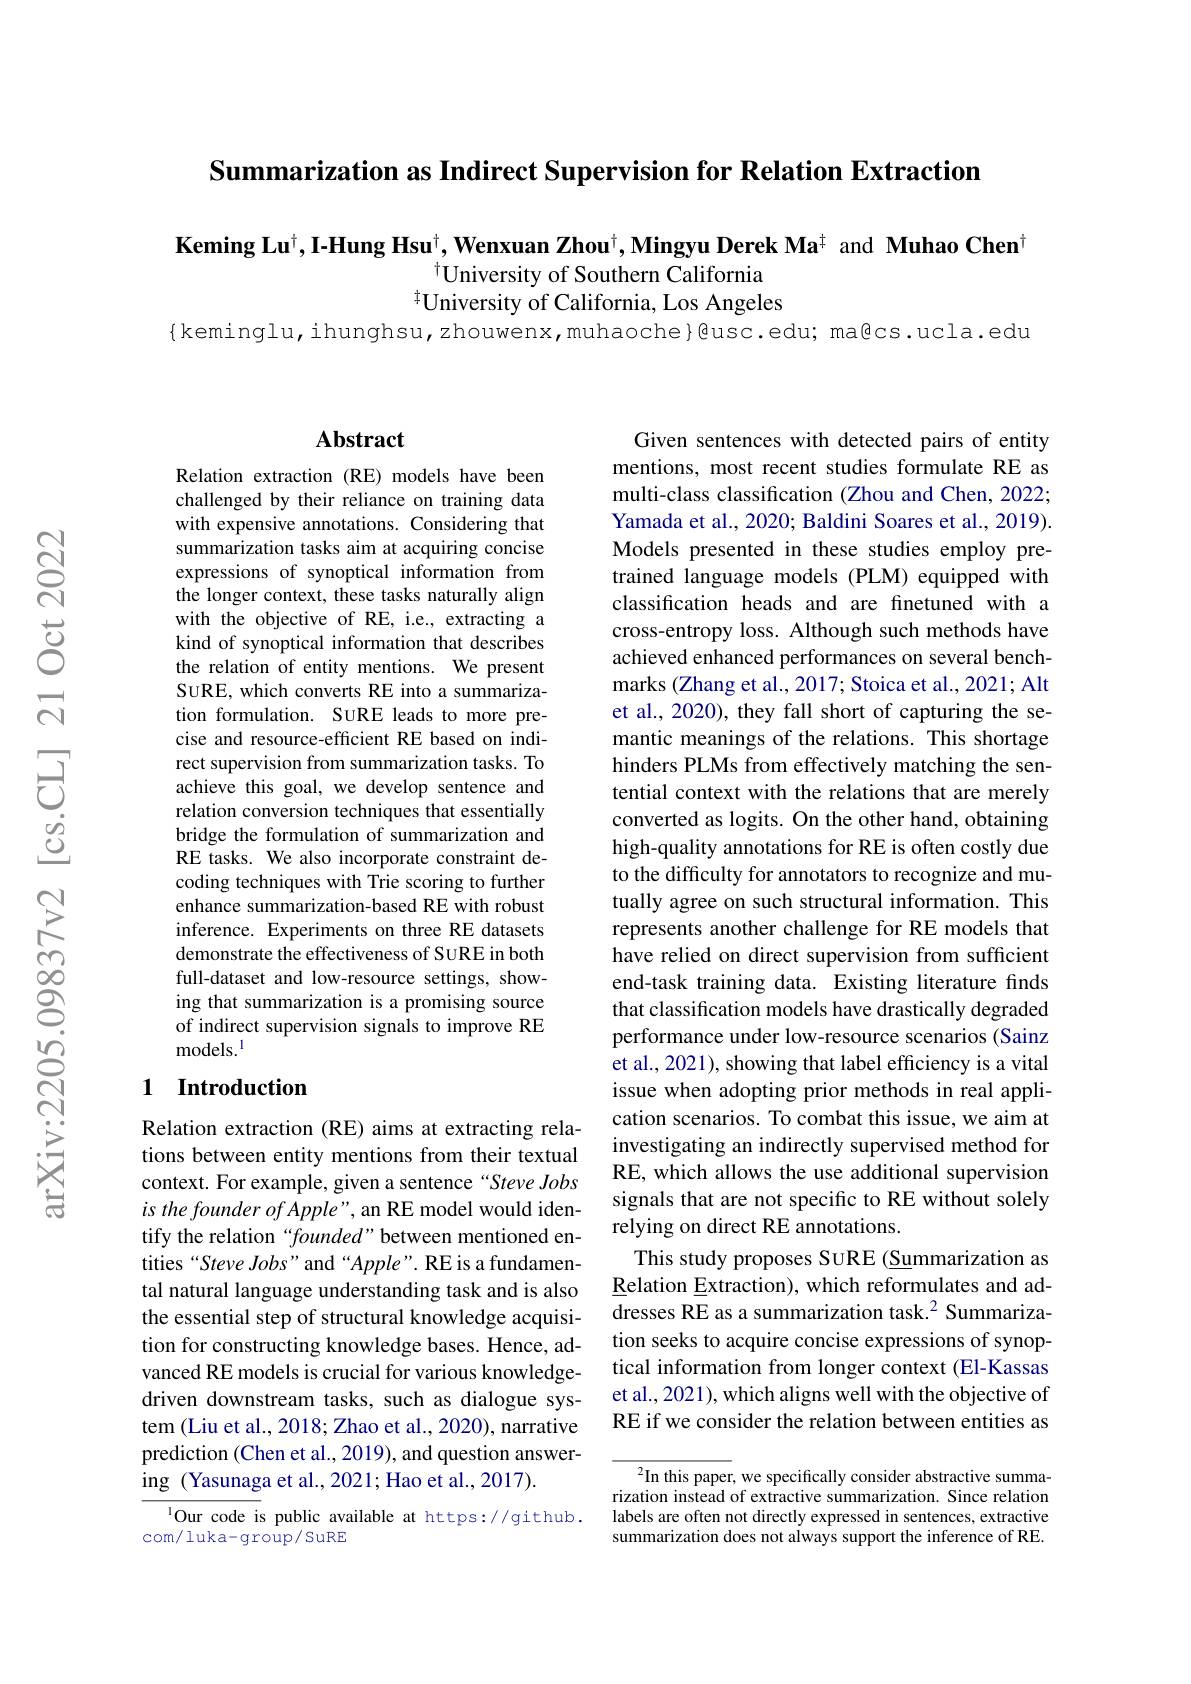
Summarization as Indirect Supervision for Relation Extraction

$\mathbf{Keming~Lu}^{\dagger},\mathbf{I-Hung~Hsu}^{\dagger},\mathbf{Wenxuan~Zhou}^{\dagger},\mathbf{Mingyu~Derek~Ma}^{\dagger}$ and Muhao Chent
$^{\dagger}$University of Southern California
$^{\dagger}$University of California, Los Angeles

{keminglu,ihunghsu,zhouwenx,muhaoche}@usc.edu; ma@cs.ucla.edu

## Abstract

Relation extraction (RE) models have been challenged by their reliance on training data with expensive annotations. Considering that summarization tasks aim at acquiring concise expressions of synoptical information from $\hat{\text{the longer context, these tasks naturally align}}$ with the objective of RE, i.e., extracting a kind of synoptical information that describes the relation of entity mentions. We present SURE, which converts RE into a summarization formulation. SURE leads to more precise and resource-efficient RE based on indirect supervision from summarization tasks. To achieve this goal, we develop sentence and relation conversion techniques that essentially bridge the formulation of summarization and RE tasks. We also incorporate constraint decoding techniques with Trie scoring to further enhance summarization-based RE with robust inference. Experiments on three RE datasets demonstrate the effectiveness of SURE in both full-dataset and low-resource settings, showing that summarization is a promising source of indirect supervision signals to improve RE models.$^{\mathrm{l}}$

## 1 Introduction

Relation extraction (RE) aims at extracting relations between entity mentions from their textual context. For example, given a sentence“Steve Jobs $is\textit{ the founder of Apple" , an RE model would iden- }$ tify the relation“founded”between mentioned entities“Steve Jobs”and“Apple”. RE is a fundamental natural language understanding task and is also the essential step of structural knowledge acquisition for constructing knowledge bases. Hence, advanced RE models is crucial for various knowledgedriven downstream tasks, such as dialogue system (Liu et al., 2018; Zhao et al., 2020), narrative prediction (Chen et al., 2019), and question answering (Yasunaga et al., 2021; Hao et al., 2017).

$^{1}$Our code is public available at https://github.
com/ luka- group/ SuRE

Given sentences with detected pairs of entity mentions, most recent studies formulate RE as multi-class classification (Zhou and Chen, 2022; Yamada et al., 2020; Baldini Soares et al., 2019). Models presented in these studies employ pretrained language models (PLM) equipped with classification heads and are finetuned with a cross-entropy loss. Although such methods have achieved enhanced performances on several benchmarks (Zhang et al., 2017; Stoica et al., 2021; Alt et al., 2020), they fall short of capturing the semantic meanings of the relations. This shortage hinders PLMs from effectively matching the sentential context with the relations that are merely converted as logits. On the other hand, obtaining high-quality annotations for RE is often costly due to the difficulty for annotators to recognize and mutually agree on such structural information. This represents another challenge for RE models that have relied on direct supervision from sufficient end-task training data. Existing literature finds that classification models have drastically degraded performance under low-resource scenarios (Sainz et al., 2021), showing that label efficiency is a vital issue when adopting prior methods in real application scenarios. To combat this issue, we aim at investigating an indirectly supervised method for RE, which allows the use additional supervision signals that are not specific to RE without solely relying on direct RE annotations.
This study proposes SURE (Summarization as $\underline{\text{Relation Extraction), which reformulates and ad-}}$ $\overline{\mathrm{dresses~RE~as~a~summarization~task.}^{2}}$Summarization seeks to acquire concise expressions of synoptical information from longer context (El-Kassas et al., 2021), which aligns well with the objective of RE if we consider the relation between entities as

$^2$In this paper, we specifically consider abstractive summarization instead of extractive summarization. Since relation labels are often not directly expressed in sentences, extractive summarization does not always support the inference of RE.